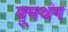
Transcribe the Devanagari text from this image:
बूमथंग